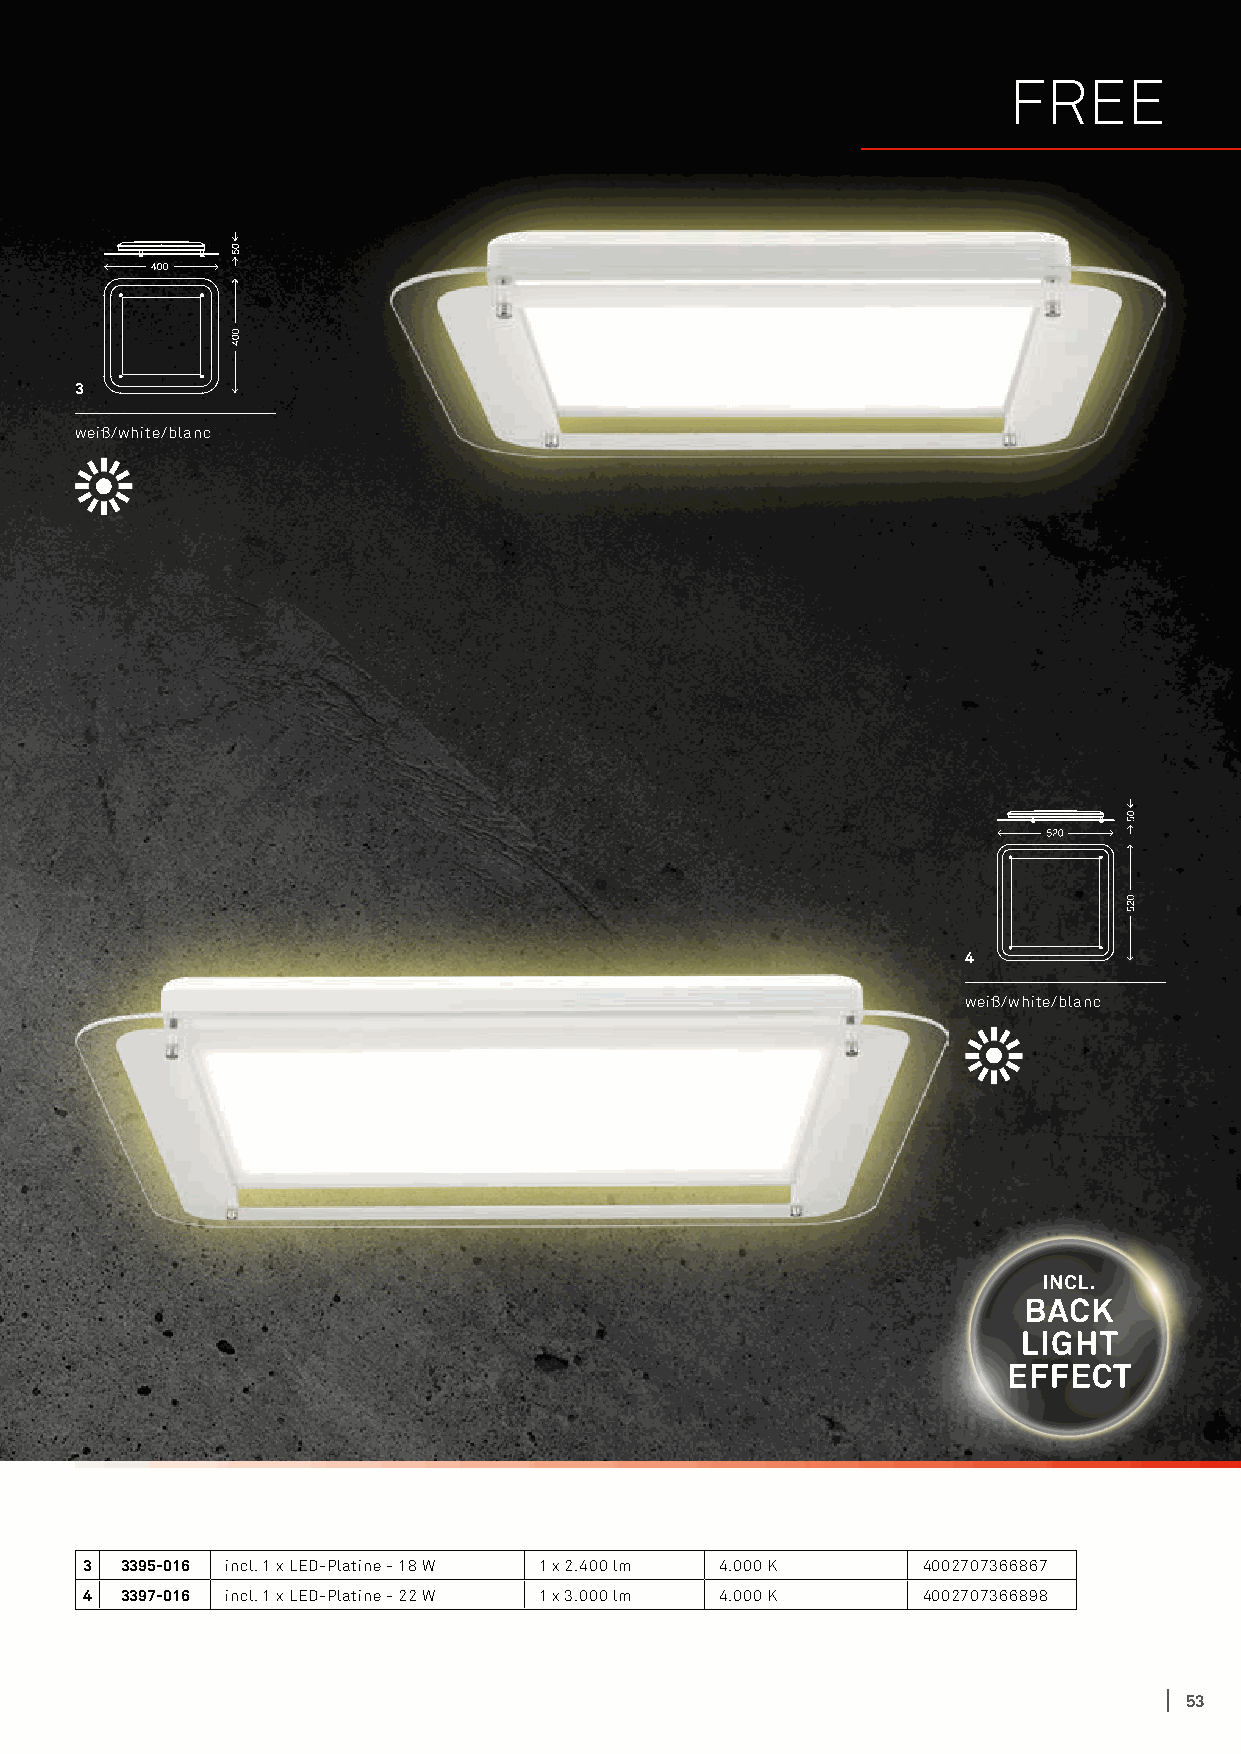
FREE
 3
 weiß/white/blanc
 Deckenmontage
 Ceiling mounting
 Installation au plafond
 4
 weiß/white/blanc
 3 3395-016 incl. 1 x LED-Platine - 18 W 1 x 2.400 lm 4.000 K 4002707366867
 4 3397-016 incl. 1 x LED-Platine - 22 W 1 x 3.000 lm 4.000 K 4002707366898
 53